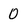
Character: 0